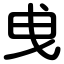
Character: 曵